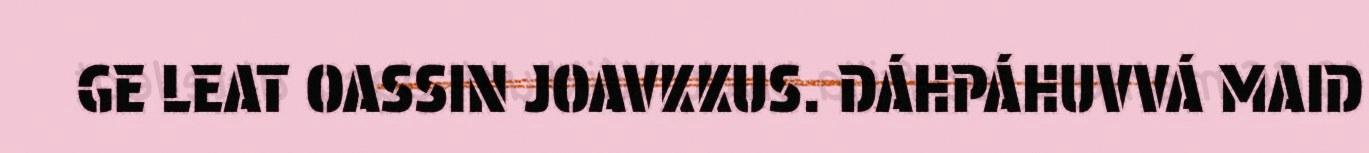
GE LEAT OASSIN JOAVKKUS. DÁHPÁHUVVÁ MAID